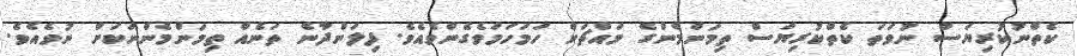
ކެތްނުކުރިޔަސް ނުވަތަ ކެތްކުރިޔަސް ތިމަންމެންގެ މައްޗަށް ހަމަހަމަވެގެންވެއެވެ. ފިލަންދާނެ ތަނެއް ތިމަންމެންނަކަށް ނުވެއެވެ.